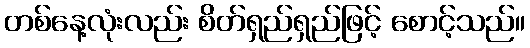
တစ်နေ့လုံးလည်း စိတ်ရှည်ရှည်ဖြင့် စောင့်သည်။